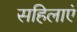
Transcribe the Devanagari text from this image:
सहिलाएं